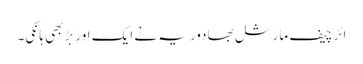
ائر چیف مارشل بھادوریہ نے ایک اور بَڑ بھی ہانکی۔